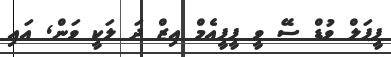
ޕީޕަލް ވުޑް ސޭ ވީ ޕީޕީއެމް އިޒް ދަ ލަކީ ވަން